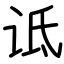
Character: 诋